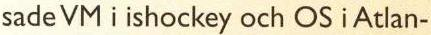
sade VM i ishockey och OS i Atlan-